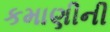
કમાણીની